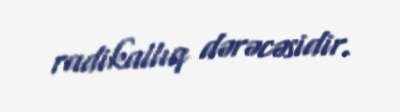
radikallıq dərəcəsidir.